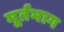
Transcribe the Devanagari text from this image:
मूर्तभाग